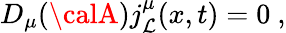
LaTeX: D_{\mu}({\calA})j_{\mathcal{L}}^{\mu}(x,t)=0\ ,